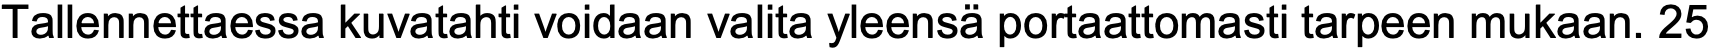
Tallennettaessa kuvatahti voidaan valita yleensä portaattomasti tarpeen mukaan. 25